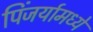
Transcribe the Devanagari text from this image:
पिंजर्यामध्ये